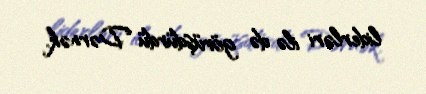
liderləri ilə də görüşdürdü Dərnək.